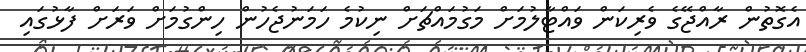
އެގޮތުން ރާއްޖޭގެ ވެރިކަން ވައްޓާލުމަށް މަގުމައްޗަށް ނިކުމެ ހަމަނުޖެހުން ހިންގުމަށް ވަރަށް ފާޅުގައި